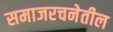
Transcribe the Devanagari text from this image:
समाजरचनेतील